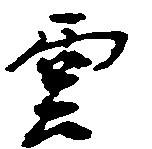
雲